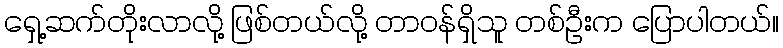
ရှေ့ဆက်တိုးလာလို့ ဖြစ်တယ်လို့ တာဝန်ရှိသူ တစ်ဦးက ပြောပါတယ်။